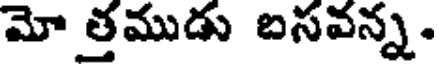
మో త్తముడు బసవన్న.